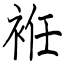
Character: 袵